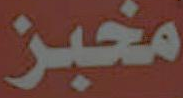
مخبز